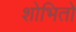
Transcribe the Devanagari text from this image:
शोभितो